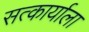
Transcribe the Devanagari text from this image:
सत्कार्याला